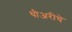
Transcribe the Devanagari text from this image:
थीअरीचे